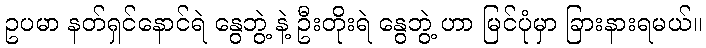
ဥပမာ နတ်ရှင်နောင်ရဲ နွေဘွဲ့ နဲ့ ဦးတိုးရဲ နွေဘွဲ့ ဟာ မြင်ပုံမှာ ခြားနားရမယ်။